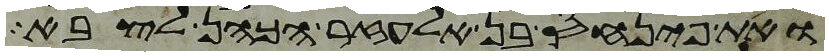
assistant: ואת פינחס בן אלעזר הכהן לצבא